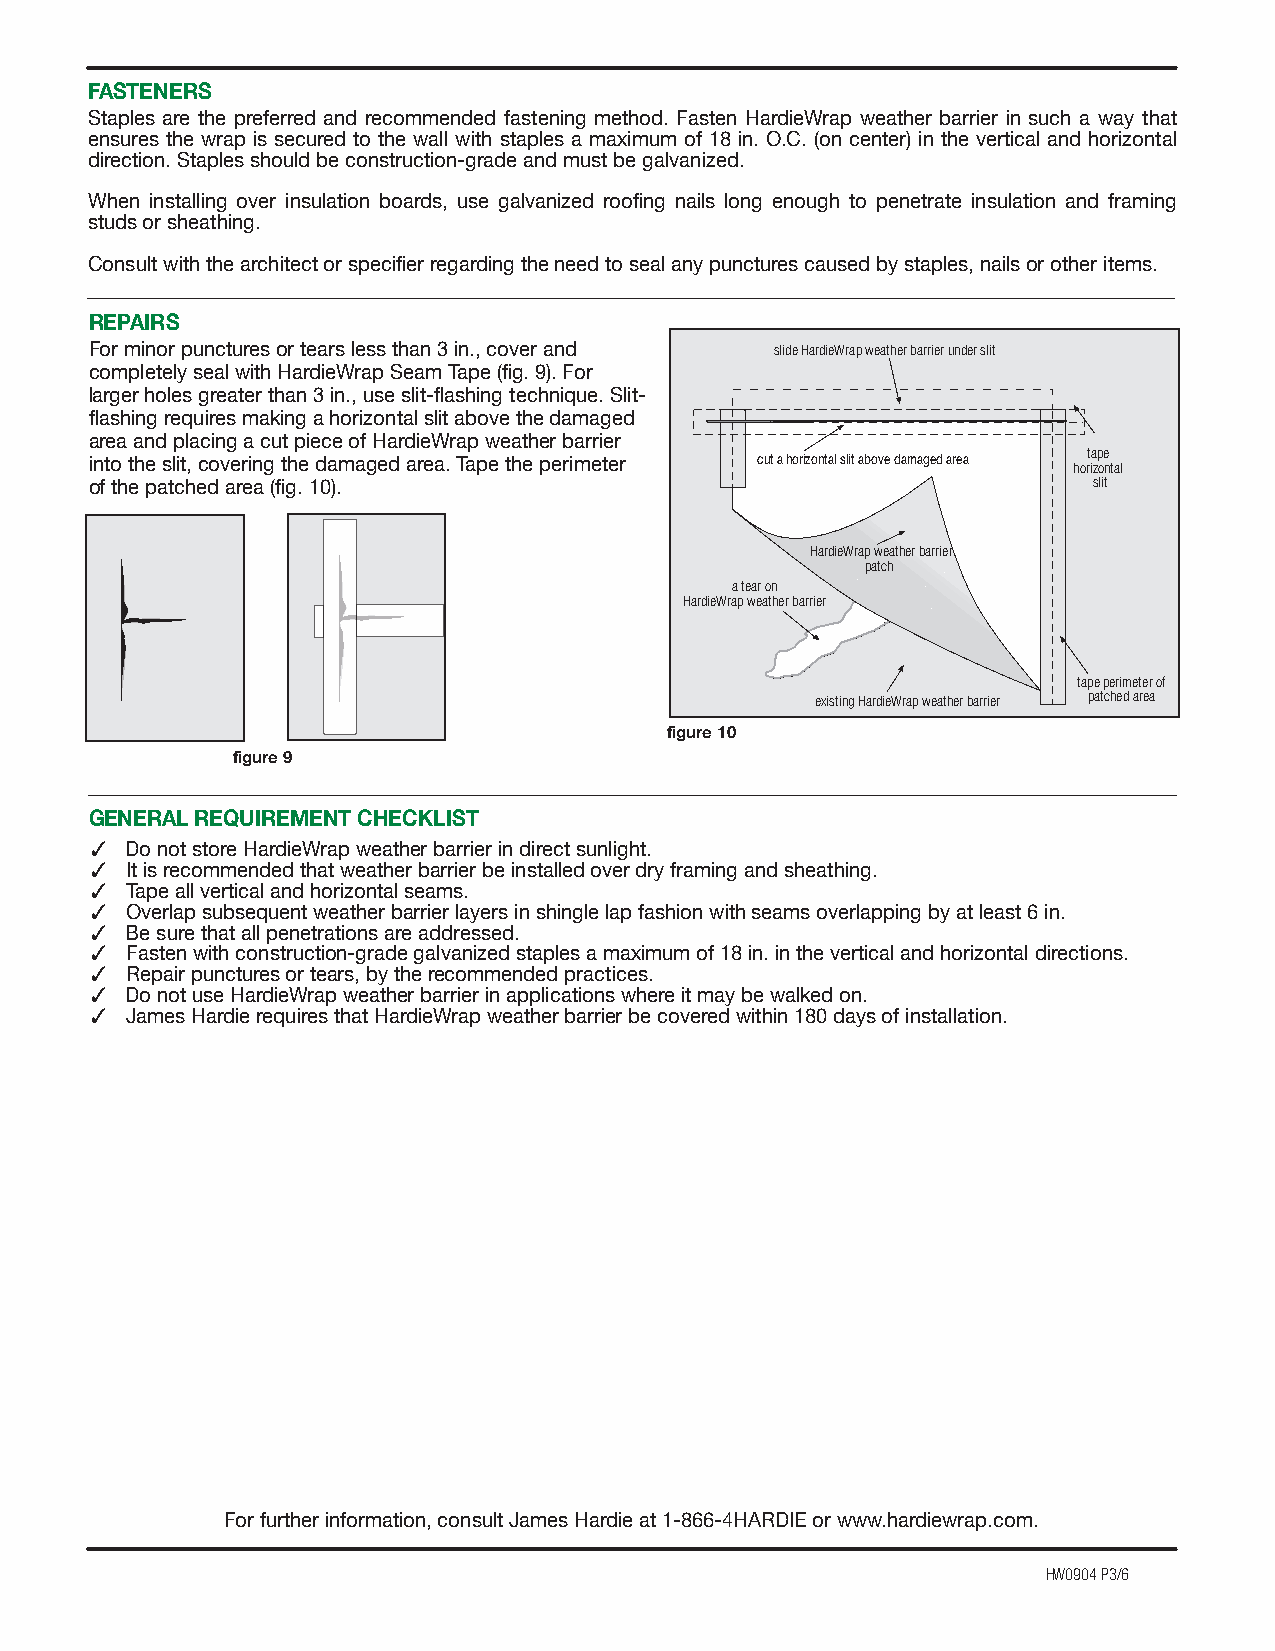
FASTENERS
 Staples are the preferred and recommended fastening method. Fasten HardieWrap weather barrier in such a way that
 ensures the wrap is secured to the wall with staples a maximum of 18 in. O.C. (on center) in the vertical and horizontal
 direction. Staples should be construction-grade and must be galvanized.
 When installing over insulation boards, use galvanized roofing nails long enough to penetrate insulation and framing
 studs or sheathing.
 Consult with the architect or specifier regarding the need to seal any punctures caused by staples, nails or other items.
 REPAIRS
 For minor punctures or tears less than 3 in., cover and slide HardieWrap weather barrier under slit
 completely seal with HardieWrap Seam Tape (fig. 9). For
 larger holes greater than 3 in., use slit-flashing technique. Slit-
 flashing requires making a horizontal slit above the damaged
 area and placing a cut piece of HardieWrap weather barrier
 tape
 into the slit, covering the damaged area. Tape the perimeter cut a horizontal slit above damaged area horizontal
 slit
 of the patched area (fig. 10).
 HardieWrap weather barrier
 patch
 a tear on
 HardieWrap weather barrier
 tape perimeter of
 existing HardieWrap weather barrier patched area
 figure 10
 figure 9
 GENERAL REQUIREMENT CHECKLIST
 ✓
 Do not store HardieWrap weather barrier in direct sunlight.
 ✓
 It is recommended that weather barrier be installed over dry framing and sheathing.
 ✓
 Tape all vertical and horizontal seams.
 ✓
 Overlap subsequent weather barrier layers in shingle lap fashion with seams overlapping by at least 6 in.
 ✓
 Be sure that all penetrations are addressed.
 ✓
 Fasten with construction-grade galvanized staples a maximum of 18 in. in the vertical and horizontal directions.
 ✓
 Repair punctures or tears, by the recommended practices.
 ✓
 Do not use HardieWrap weather barrier in applications where it may be walked on.
 ✓
 James Hardie requires that HardieWrap weather barrier be covered within 180 days of installation.
 For further information, consult James Hardie at 1-866-4HARDIE or www.hardiewrap.com.
 HW0904 P3/6